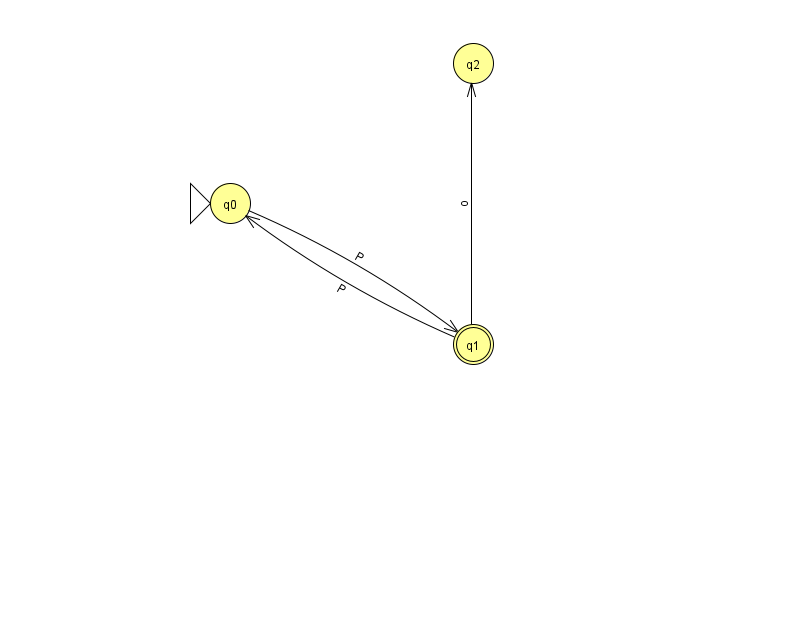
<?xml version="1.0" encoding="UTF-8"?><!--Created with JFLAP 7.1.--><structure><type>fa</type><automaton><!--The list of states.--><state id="0" name="q0"><x>230.0</x><y>190.0</y><initial/></state><state id="1" name="q1"><x>473.0</x><y>331.0</y><final/></state><state id="2" name="q2"><x>473.0</x><y>50.0</y></state><!--The list of transitions.--><transition><from>0</from><to>1</to><read>P</read></transition><transition><from>1</from><to>0</to><read>P</read></transition><transition><from>1</from><to>2</to><read>o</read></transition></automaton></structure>